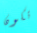
تكون